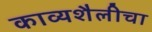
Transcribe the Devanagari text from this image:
काव्यशैलीचा